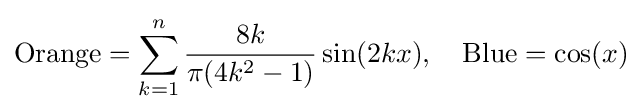
{\text{Orange}}=\sum _{k=1}^{n}{\frac {8k}{\pi (4k^{2}-1)}}\sin(2kx),\quad {\text{Blue}}=\cos(x)